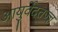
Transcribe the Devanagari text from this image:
आयुर्वेदतज्ज्ञ